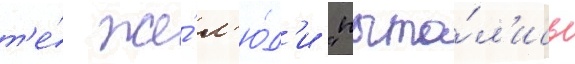
т'е́ же́ л'ю́д'и "пыта́л'ись